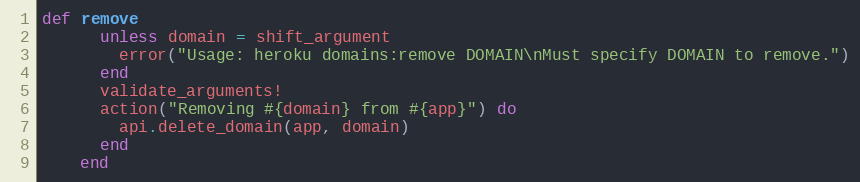
Language: Ruby
def remove
      unless domain = shift_argument
        error("Usage: heroku domains:remove DOMAIN\nMust specify DOMAIN to remove.")
      end
      validate_arguments!
      action("Removing #{domain} from #{app}") do
        api.delete_domain(app, domain)
      end
    end